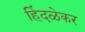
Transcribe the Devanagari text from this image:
हिंदळेकर